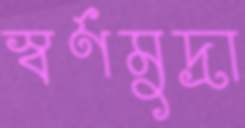
স্বর্ণমুদ্রা